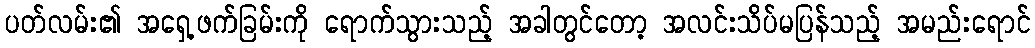
ပတ်လမ်း၏ အရှေ့ဖက်ခြမ်းကို ရောက်သွားသည့် အခါတွင်တော့ အလင်းသိပ်မပြန်သည့် အမည်းရောင်